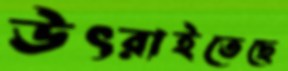
উৎরাইতেছে